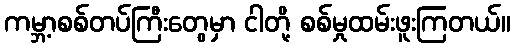
ကမ္ဘာ့စစ်တပ်ကြီးတွေမှာ ငါတို့ စစ်မှုထမ်းဖူးကြတယ်။